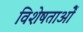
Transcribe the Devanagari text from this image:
विशेषताओें